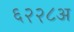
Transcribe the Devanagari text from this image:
६२२८अ